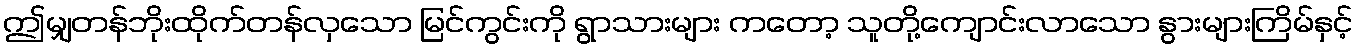
ဤမျှတန်ဘိုးထိုက်တန်လှသော မြင်ကွင်းကို ရွာသားများ ကတော့ သူတို့ကျောင်းလာသော နွားများကြိမ်နှင့်